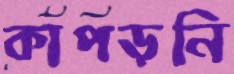
কাপড়নি